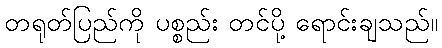
တရုတ်ပြည်ကို ပစ္စည်း တင်ပို့ ရောင်းချသည်။